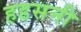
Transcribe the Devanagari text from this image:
हडसनी